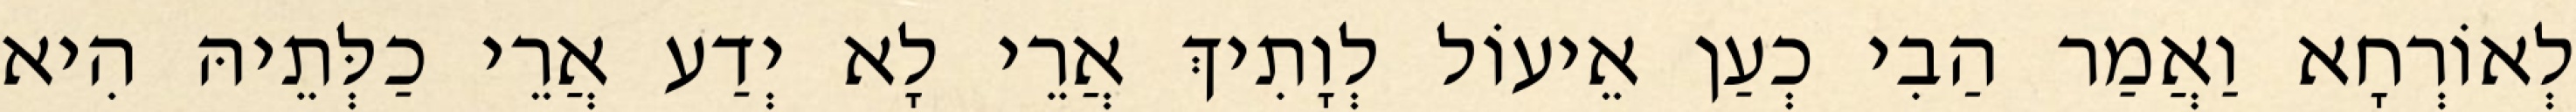
לְאוֹרְחָא וַאֲמַר הַבִי כְעַן אֵיעוֹל לְוָתִיךְ אֲרֵי לָא יְדַע אֲרֵי כַלְּתֵיהּ הִיא